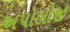
અપોલોજી